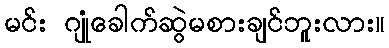
မင်း ဂျုံခေါက်ဆွဲမစားချင်ဘူးလား။